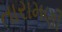
તારામણી